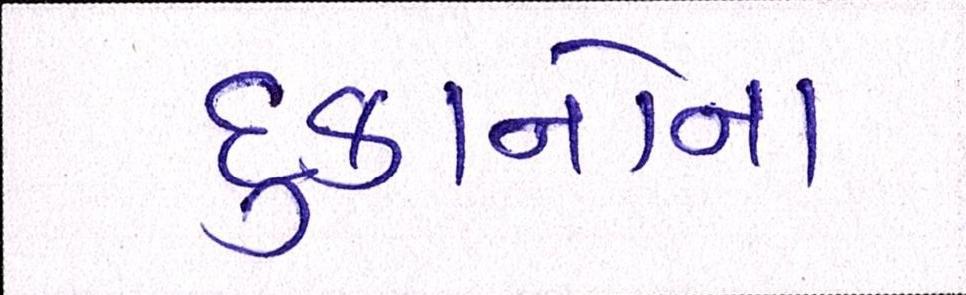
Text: દુકાનોના